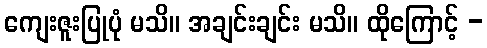
ကျေးဇူးပြုပုံ မသိ။ အချင်းချင်း မသိ။ ထိုကြောင့် -